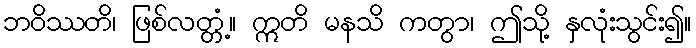
ဘဝိဿတိ၊ ဖြစ်လတ္တံ့။ ဣတိ မနသိ ကတွာ၊ ဤသို့ နှလုံးသွင်း၍။